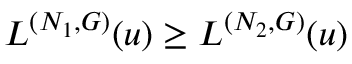
L ^ { ( N _ { 1 } , G ) } ( u ) \ge L ^ { ( N _ { 2 } , G ) } ( u )